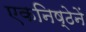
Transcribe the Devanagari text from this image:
एकनिष्ठेनें